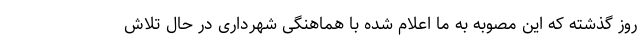
روز گذشته که این مصوبه به ما اعلام شده با هماهنگی شهرداری در حال تلاش